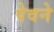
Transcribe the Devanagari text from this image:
पेवने